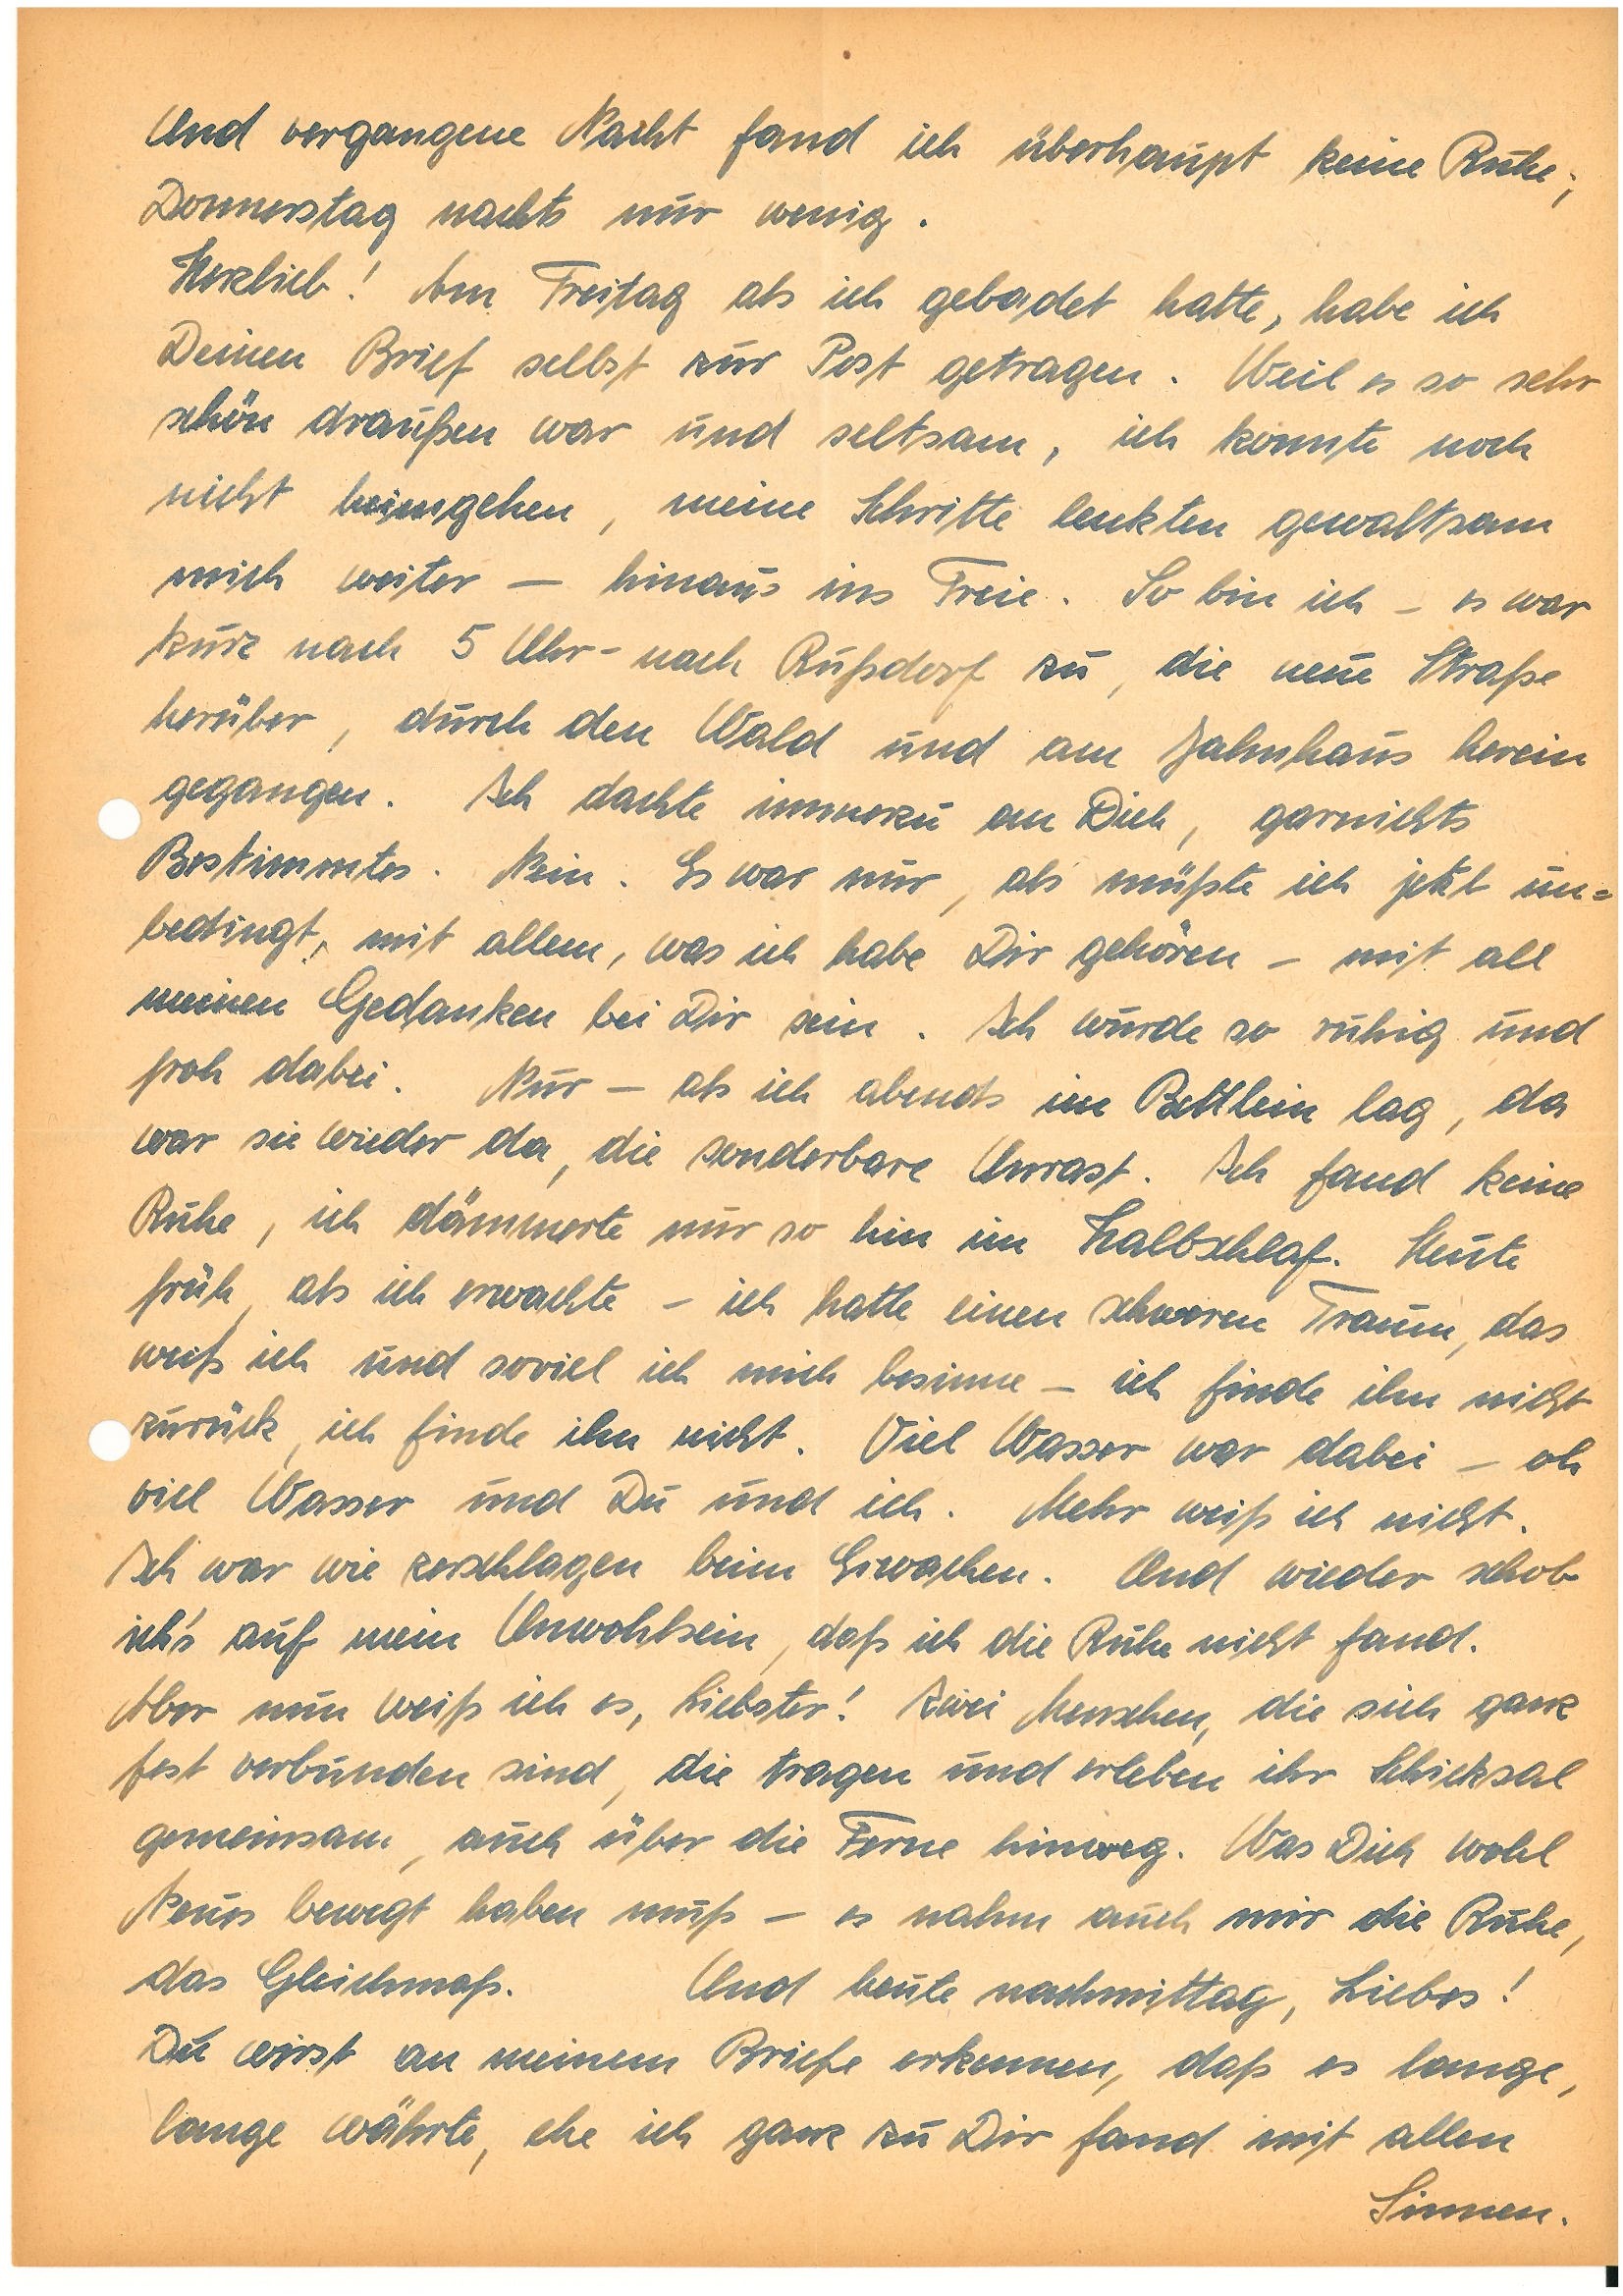
Und vergangene Nacht fand ich überhaupt keine Ruhe;
Donnerstag nachts nur wenig.
Herzlieb! Am Freitag als ich gebadet hatte, habe ich
Deinen Brief selbst zur Post getragen. Weil es so sehr
schön draußen war und seltsam, ich konnte noch
nicht heimgehen, meine Schritte lenkten gewaltsam
mich weiter – hinaus ins Freie. So bin ich – es war
kurz nach 5 Uhr – nach R. zu, die neue Straße
herüber, durch den Wald und am Jahnhaus herein
gegangen. Ich dachte immerzu an Dich, garnichts
Bestimmtes. Nein. Es war mir, als müßte ich jetzt un¬
bedingt, mit allem, was ich habe Dir gehören – mit all
meinen Gedanken bei Dir sein. Ich wurde so ruhig und
froh dabei. Nur – als ich abends im Bettlein lag, da
war sie wieder da, die sonderbare Unrast. Ich fand keine
Ruhe, ich dämmerte nur so hin im Halbschlaf. Heute
früh, als ich erwachte – ich hatte ein schweren Traum, das
weiß ich und soviel ich mich besinne – ich finde ihn nicht
zurück, ich finde ihn nicht. Viel Wasser war dabei – oh
viel Wasser und Du und ich. Mehr weiß ich nicht.
ich war wie zerschlagen beim Erwachen. Und wieder schob
ich‘s auf mein Unwohlsein, daß ich die Ruhe nicht fand.
Aber nun weiß ich es, Liebster! Zwei Menschen, die sich ganz
fest verbunden sind, die tragen und erleben ihr Schicksal
gemeinsam, auch über die Ferne hinweg. Was Dich wohl
Neues bewegt haben muß – es nahm auch mir die Ruhe,
das Gleichmaß. Und heute nachmittag, Liebes!
Du wirst an meinem Briefe erkennen, daß es lange,
lange währte, ehe ich ganz zu dir fand mit allen
Sinnen.